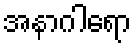
အနာဂါရော